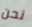
نحن